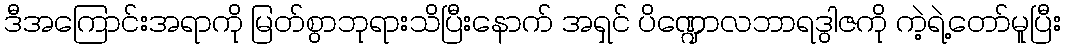
ဒီအကြောင်းအရာကို မြတ်စွာဘုရားသိပြီးနောက် အရှင် ပိဏ္ဍောလဘာရဒွါဇကို ကဲ့ရဲ့တော်မူပြီး